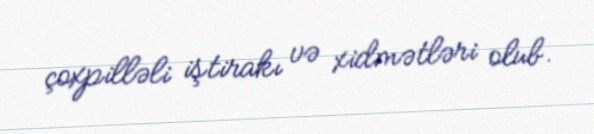
çoxpilləli iştirakı və xidmətləri olub.